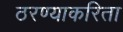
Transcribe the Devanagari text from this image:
ठरण्याकरिता